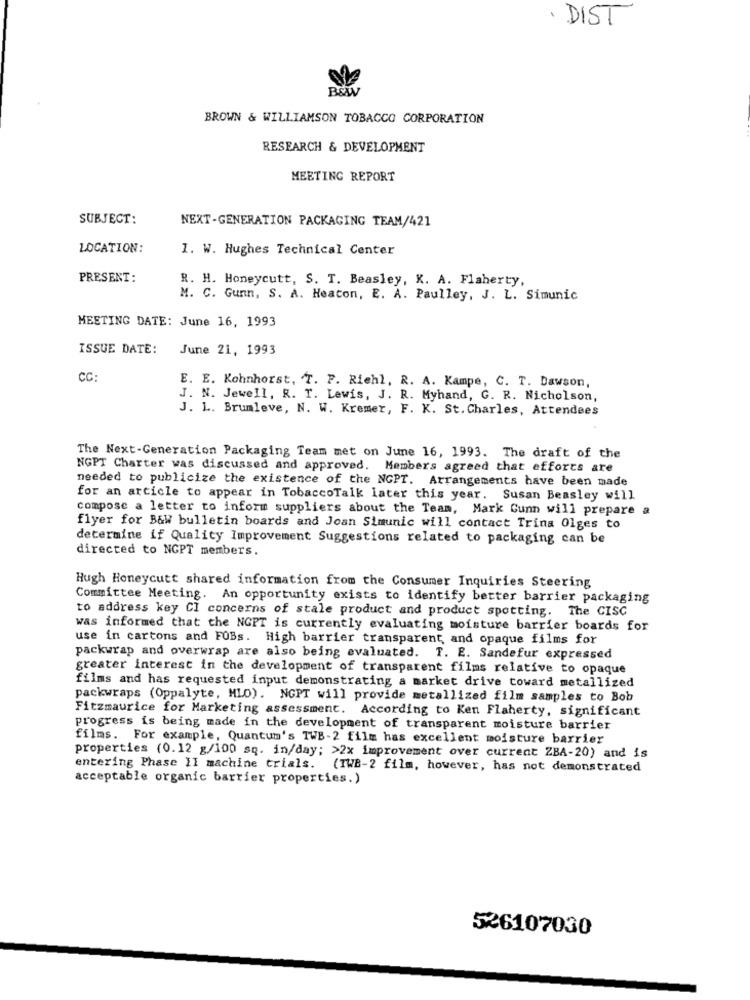
· DIST
ROW
BROWN & WILLIAMSON TOBACCO CORPORATION
RESEARCH & DEVELOPMENT
MEETING REPORT
SUBJECT:
NEXT-GENERATION PACKAGING TEAM/421
LOCATION:
1. W. Hughes Technical Center
PRESENT:
R. H. Honeycutt, S. T. Beasley, K. A. Flaherty,
M. C. Gunn, S. A. Heaton, E. A. Paulley, J. L. Simunic
MEETING DATE: June 16, 1993
ISSUE DATE:
June 21, 1993
CC:
E. E. Kohnhorst, T. F. Riehl, R. A. Kampe, C. T. Dawson,
J. N. Jewell, R. T. Lewis, J. R. Myhand, G. R. Nicholson,
J. L. Brumleve, N. W. Kremer, F. K. St. Charles, Attendees
The Next-Generation Packaging Team met on June 16, 1993. The draft of the
NGPT Charter was discussed and approved. Members agreed that efforts are
needed to publicize the existence of the NGPT. Arrangements have been made
for an article to appear in TobaccoTalk later this year. Susan Beasley will
compose a letter to inform suppliers about the Team, Mark Cunn will prepare a
flyer for B&W bulletin boards and Joan Simunic will contact Trina Olges to
determine if Quality Improvement Suggestions related to packaging can be
directed to NGPT members
Hugh Honeycutt shared information from the Consumer Inquiries Steering
Committee Meeting. An opportunity exists to identify better barrier packaging
to address key CI concerns of stale product and product spotting. The CISC
was informed that the NGPT is currently evaluating moisture barrier boards for
use in cartons and FOBs. High barrier transparent, and opaque films for
packwrap and overwrap are also being evaluated. T. E. Sandefur expressed
greater interest in the development of transparent films relative to opaque
films and has requested input demonstrating a market drive toward metallized
packwraps (Oppalyte, MLO). NGPT will provide metallized film samples to Bob
Fitzmaurice for Marketing assessment. According to Ken Flaherty, significant
progress is being made in the development of transparent moisture barrier
films. For example, Quantum's TWB-2 film has excellent moisture barrier
properties (0.12 g/100 sq. in/day; >2x improvement over current ZBA-20) and is
entering Phase II machine trials. (IWB-2 film, however, has not demonstrated
acceptable organic barrier properties.)
526107030